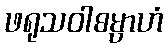
ဖရုသဝါစမ္ပာဟံ